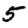
Digit: 5